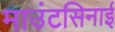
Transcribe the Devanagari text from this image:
माउंटसिनाई